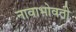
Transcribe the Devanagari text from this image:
नावाभोवती